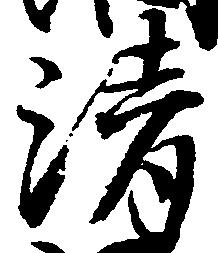
清